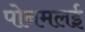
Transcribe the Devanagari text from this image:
पोनमलई